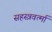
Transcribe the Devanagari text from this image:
सहस्‍त्रवर्त्‍मा